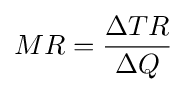
MR={\frac {\Delta TR}{\Delta Q}}